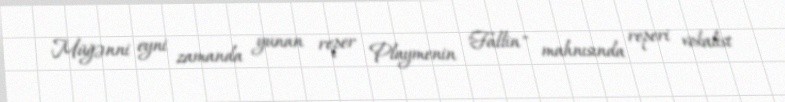
Müğənni eyni zamanda yunan reper Playmenin "Fallin" mahnısında reperi vokalist